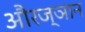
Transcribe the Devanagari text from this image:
औरज्ञान